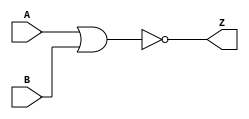
module notech_nor2 (A,B,Z);
input A,B;
output Z;
assign Z=~(A|B);
endmodule